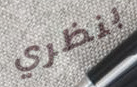
بنظري